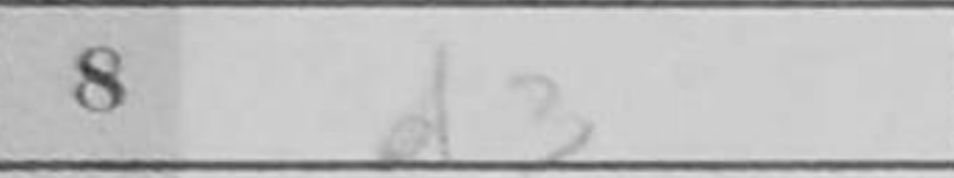
Transcription: d3